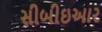
સીબીઇઆર